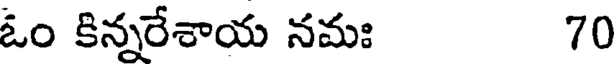
ఓం కిన్నరేశాయ నమః 70